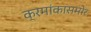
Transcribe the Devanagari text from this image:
क्रमांकासमोर